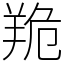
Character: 䍯